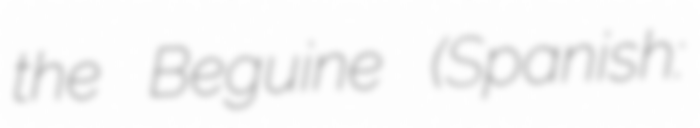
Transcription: the Beguine (Spanish: